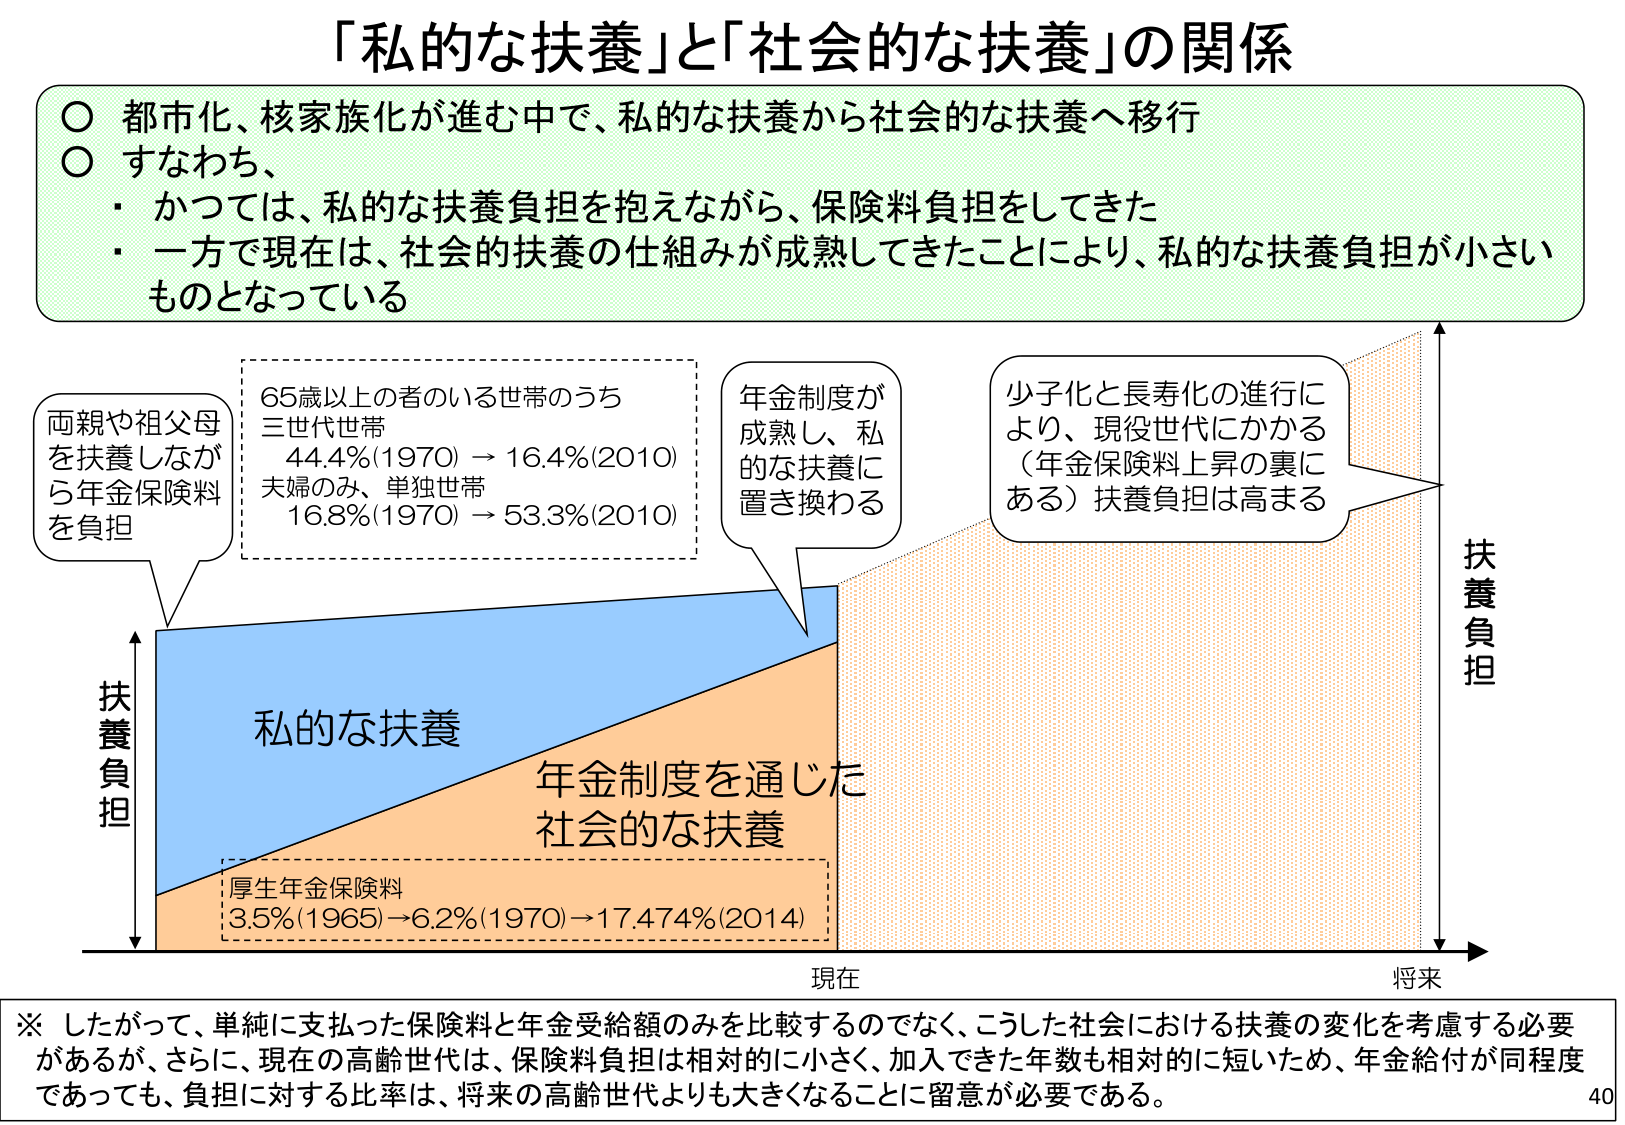
「私的な扶養」と「社会的な扶養」の関係

○ 都市化、核家族化が進む中で、私的な扶養から社会的な扶養へ移行
○ すなわち、
・ かつては、私的な扶養負担を抱えながら、保険料負担をしてきた
・ 一方で現在は、社会的扶養の仕組みが成熟してきたことにより、私的な扶養負担が小さいものとなっている

両親や祖父母を扶養しながら年金保険料を負担

65歳以上の者のいる世帯のうち
三世代世帯
44.4%(1970) → 16.4%(2010)
夫婦のみ、単独世帯
16.8%(1970) → 53.3%(2010)

年金制度が成熟し、私的な扶養に置き換わる

少子化と長寿化の進行により、現役世代にかかる（年金保険料上昇の裏にある）扶養負担は高まる

扶養負担
（縦軸）

私的な扶養
年金制度を通じた社会的な扶養
厚生年金保険料
3.5%(1965) → 6.2%(1970) → 17.474%(2014)

現在
将来
（横軸）

※ したがって、単純に支払った保険料と年金受給額のみを比較するのでなく、こうした社会における扶養の変化を考慮する必要があるが、さらに、現在の高齢世代は、保険料負担は相対的に小さく、加入できた年数も相対的に短いため、年金給付が同程度であっても、負担に対する比率は、将来の高齢世代よりも大きくなることに留意が必要である。

40